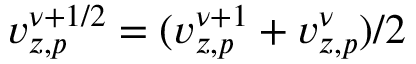
v _ { z , p } ^ { \nu + 1 / 2 } = ( v _ { z , p } ^ { \nu + 1 } + v _ { z , p } ^ { \nu } ) / 2